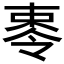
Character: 𪲥